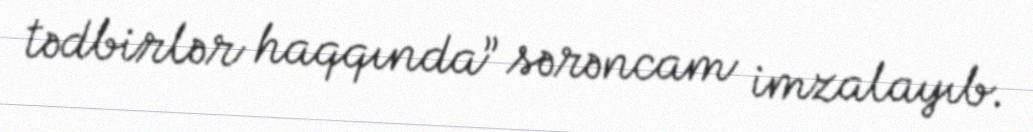
tədbirlər haqqında” sərəncam imzalayıb.